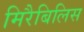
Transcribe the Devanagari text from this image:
मिरैबिलिस